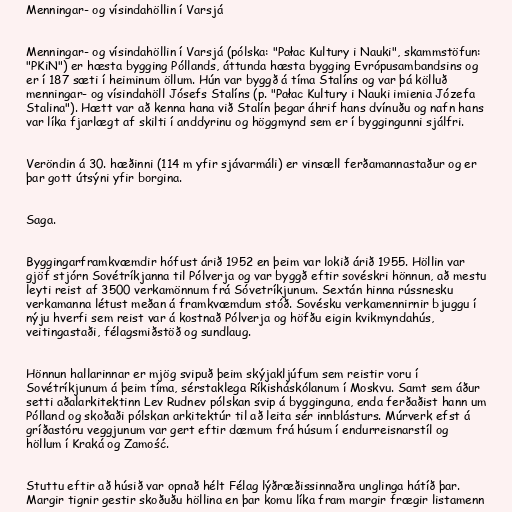
Menningar- og vísindahöllin í Varsjá

Menningar- og vísindahöllin í Varsjá (pólska: "Pałac Kultury i Nauki", skammstöfun:
"PKiN") er hæsta bygging Póllands, áttunda hæsta bygging Evrópusambandsins og
er í 187 sæti í heiminum öllum. Hún var byggð á tíma Stalíns og var þá kölluð
menningar- og vísindahöll Jósefs Stalíns (p. "Pałac Kultury i Nauki imienia Józefa
Stalina"). Hætt var að kenna hana við Stalín þegar áhrif hans dvínuðu og nafn hans
var líka fjarlægt af skilti í anddyrinu og höggmynd sem er í byggingunni sjálfri.

Veröndin á 30. hæðinni (114 m yfir sjávarmáli) er vinsæll ferðamannastaður og er
þar gott útsýni yfir borgina.

Saga.

Byggingarframkvæmdir hófust árið 1952 en þeim var lokið árið 1955. Höllin var
gjöf stjórn Sovétríkjanna til Pólverja og var byggð eftir sovéskri hönnun, að mestu
leyti reist af 3500 verkamönnum frá Sóvetríkjunum. Sextán hinna rússnesku
verkamanna létust meðan á framkvæmdum stóð. Sovésku verkamennirnir bjuggu í
nýju hverfi sem reist var á kostnað Pólverja og höfðu eigin kvikmyndahús,
veitingastaði, félagsmiðstöð og sundlaug.

Hönnun hallarinnar er mjög svipuð þeim skýjakljúfum sem reistir voru í
Sovétríkjunum á þeim tíma, sérstaklega Ríkisháskólanum í Moskvu. Samt sem áður
setti aðalarkitektinn Lev Rudnev pólskan svip á bygginguna, enda ferðaðist hann um
Pólland og skoðaði pólskan arkitektúr til að leita sér innblásturs. Múrverk efst á
gríðastóru veggjunum var gert eftir dæmum frá húsum í endurreisnarstíl og
höllum í Kraká og Zamość.

Stuttu eftir að húsið var opnað hélt Félag lýðræðissinnaðra unglinga hátíð þar.
Margir tignir gestir skoðuðu höllina en þar komu líka fram margir frægir listamenn